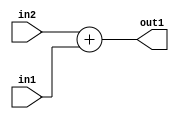
`timescale 1ps / 1ps
/*****************************************************************************
    Verilog RTL Description
    
    
    Created by: CellMath Designer 2019.1.01 
*******************************************************************************/

module DFT_compute_Add_3Ux2U_3U_1 (
	in2,
	in1,
	out1
	); /* architecture "behavioural" */ 
input [2:0] in2;
input [1:0] in1;
output [2:0] out1;
wire [2:0] asc001;

assign asc001 = 
	+(in2)
	+(in1);

assign out1 = asc001;
endmodule

/* CADENCE  ubD2TAk= : u9/ySgnWtBlWxVPRXgAZ4Og= ** DO NOT EDIT THIS LINE ******/